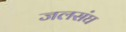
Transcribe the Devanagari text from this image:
जलसंघ